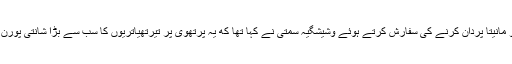
کمبھ میلہ کو مانیتا پردان کرنے کی سفارش کرتے ہوئے وشیشگیہ سمتی نے کہا تھا که یہ پرتھوی پر تیرتھیاتریوں کا سب سے بڑا شانتی پورن جماوڑا ہے۔